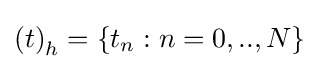
\left(t\right)_{h}=\{t_{n}:n=0,..,N\}